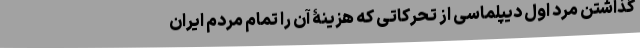
گذاشتن مرد اول دیپلماسی از تحرکاتی که هزینۀ آن را تمام مردم ایران